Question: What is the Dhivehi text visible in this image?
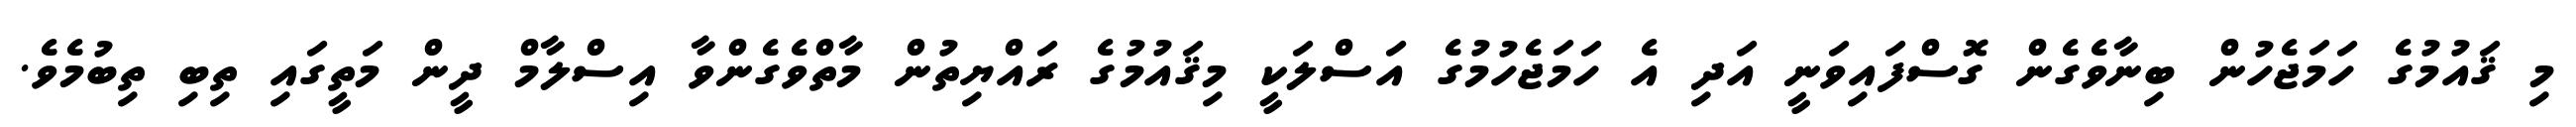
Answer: މި ޤައުމުގެ ހަމަޖެހުން ބިނާވެގެން ގޮސްފައިވަނީ އަދި އެ ހަމަޖެހުމުގެ އަސްލަކީ މިޤައުމުގެ ރައްޔިތުން މާތްވެގެންވާ އިސްލާމް ދީން މަތީގައި ތިބި ތިބުމެވެ.